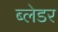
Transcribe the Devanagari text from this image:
ब्लेडर